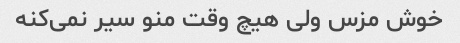
خوش مزس ولی هیچ وقت منو سیر نمی‌کنه